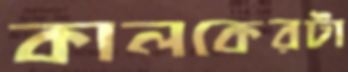
কালকেরটা